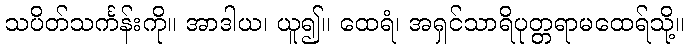
သပိတ်သင်္ကန်းကို။ အာဒါယ၊ ယူ၍။ ထေရံ၊ အရှင်သာရိပုတ္တရာမထေရ်သို့။